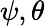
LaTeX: \psi,\theta